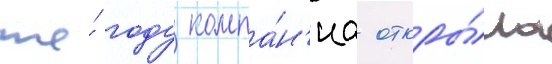
же́ году компа́н'иа откры́ла